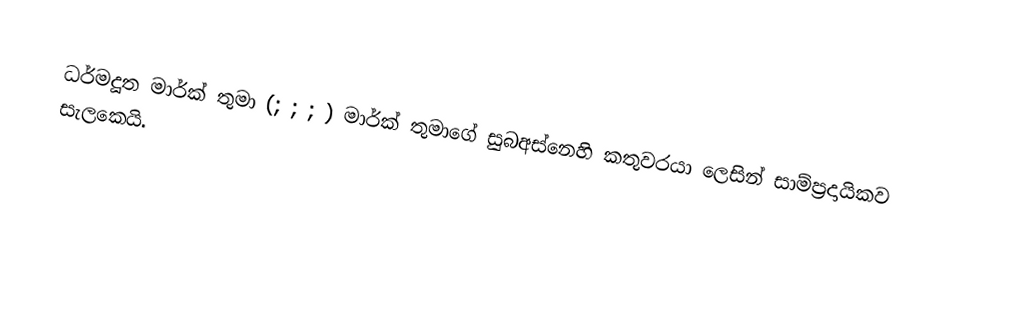
ධර්මදූත මාර්ක් තුමා (; ; ; ) මාර්ක් තුමාගේ සුබඅස්නෙහි කතුවරයා ලෙසින් සාම්ප්‍රදායිකව සැලකෙයි.